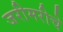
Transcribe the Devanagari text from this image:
जरीमरीचे